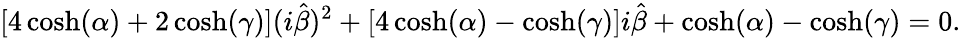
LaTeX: \left[4\cosh(\alpha)+2\cosh(\gamma)\right](i\hat{\beta})^{2}+\left[4\cosh(\alpha)-\cosh(\gamma)\right]i\hat{\beta}+\cosh(\alpha)-\cosh(\gamma)=0.